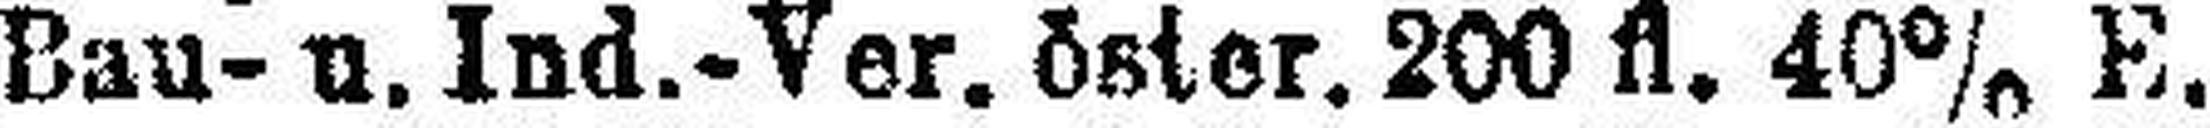
Bau- u. Ind.-Ver. öster. 200 fl. 40% E.